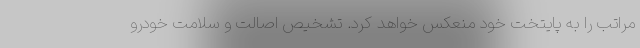
مراتب را به پایتخت خود منعکس خواهد کرد. تشخیص اصالت و سلامت خودرو